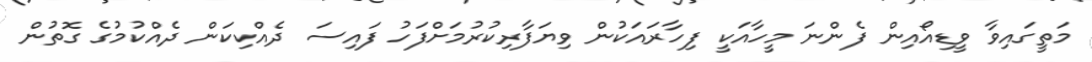
މަތީގައިވާ ވީޑިއޯއިން ފެންނަ މީހާއަކީ ފިހާރައަކުން ވިޔަފާރިކުރުމަށްފަހު ފައިސަ ދެއްކިކަން ދެއްކުމުގެ ގޮތުން